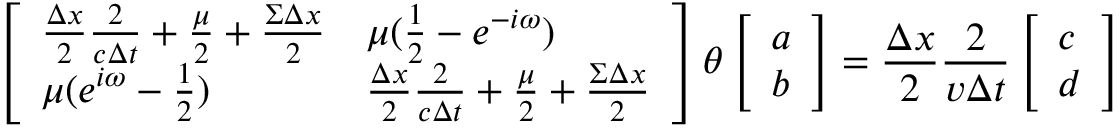
\left[ \begin{array} { l l } { \frac { \Delta x } { 2 } \frac { 2 } { c \Delta t } + \frac { \mu } { 2 } + \frac { \Sigma \Delta x } { 2 } } & { \mu ( \frac { 1 } { 2 } - e ^ { - i \omega } ) } \\ { \mu ( e ^ { i \omega } - \frac { 1 } { 2 } ) } & { \frac { \Delta x } { 2 } \frac { 2 } { c \Delta t } + \frac { \mu } { 2 } + \frac { \Sigma \Delta x } { 2 } } \end{array} \right] \theta \left[ \begin{array} { l } { a } \\ { b } \end{array} \right] = \frac { \Delta x } { 2 } \frac { 2 } { v \Delta t } \left[ \begin{array} { l } { c } \\ { d } \end{array} \right]